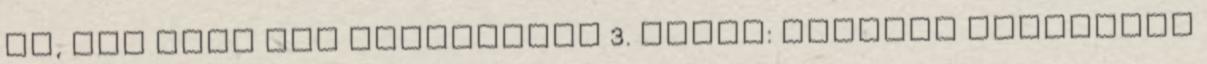
is, ezt most nem teszteltük 3. Étkek: Közepes választék